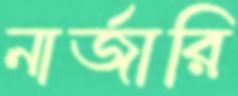
নার্জারি